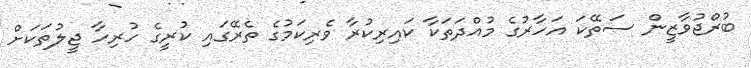
ބުރްޖުވާޒީން ސަތޭކަ އަހާރުގެ މުއްދަތަކާ ކައިރިކުރާ ވެރިކަމުގެ ތެރޭގައި ކުރީގެ ހުރިހާ ޖީލުތަކަށް